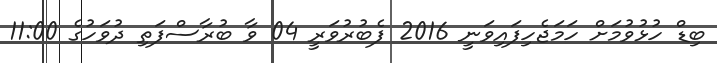
ބިޑް ހުޅުވުމަށް ހަމަޖެހިފައިވަނީ 2016 ފެބުރުވަރީ 04 ވާ ބުރާސްފަތި ދުވަހުގެ 11:00